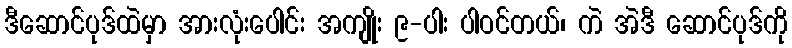
ဒီဆောင်ပုဒ်ထဲမှာ အားလုံးပေါင်း အကျိုး ၉-ပါး ပါဝင်တယ်၊ ကဲ အဲဒီ ဆောင်ပုဒ်ကို